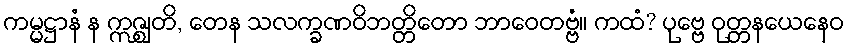
ကမ္မဋ္ဌာနံ န ဣဇ္ဈတိ, တေန သလက္ခဏဝိဘတ္တိတော ဘာဝေတဗ္ဗံ။ ကထံ? ပုဗ္ဗေ ဝုတ္တနယေနေဝ